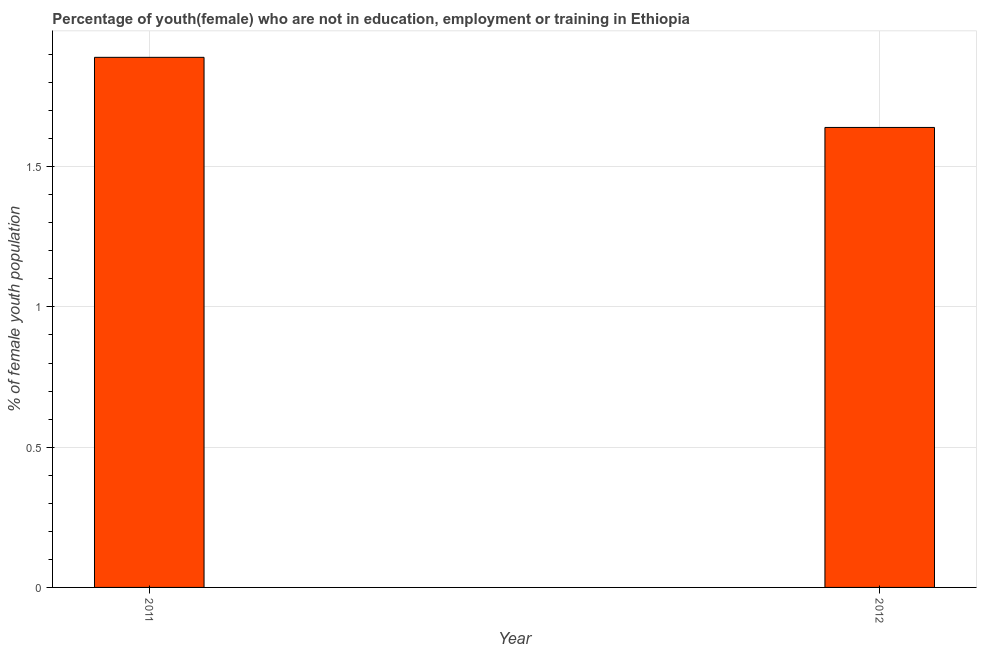
| Year | Unemployed(female) |
 | --- | --- |
 | 2011 | 1.89 |
 | 2012 | 1.64 |